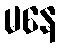
မနေ